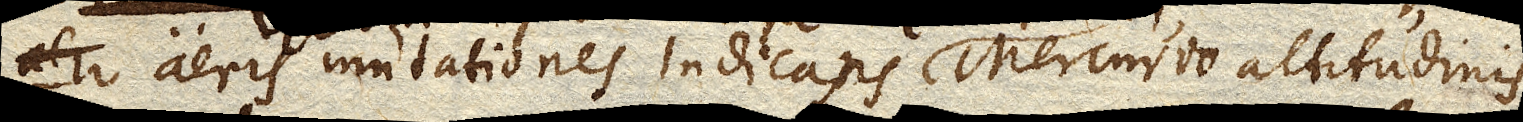
aeris mutationes indicans Mercurio altitudinis